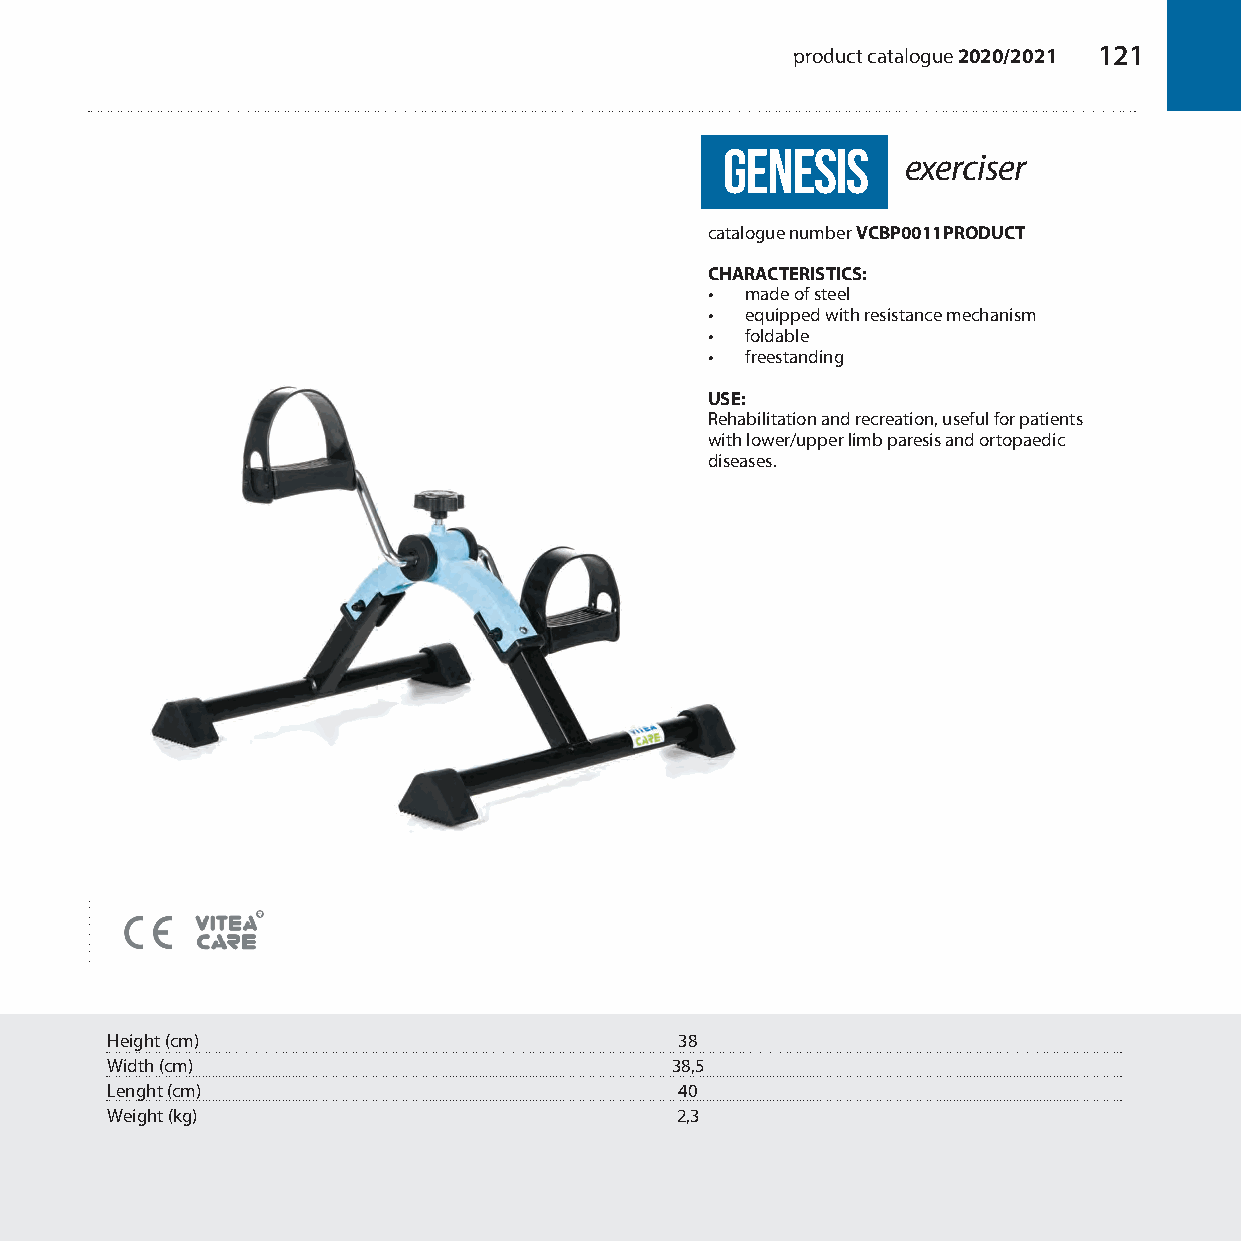
product catalogue 2020/2021 121
 Genesis
 exerciser
 catalogue number VCBP0011PRODUCT
 CHARACTERISTICS:
 • made of steel
 • equipped with resistance mechanism
 • foldable
 • freestanding
 USE:
 Rehabilitation and recreation, useful for patients
 with lower/upper limb paresis and ortopaedic
 diseases.
 Height (cm)                           38
 Width (cm)                           38,5
 Lenght (cm)                           40
 Weight (kg)                           2,3